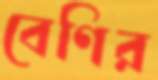
বেণির